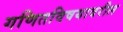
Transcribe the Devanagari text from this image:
गणितविषयावरील